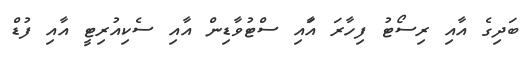
ބަދިގެ އާއި ރިސޯޓު ފިހާރަ އާައި ސްޓުވާޑިން އާއި ސެކިއުރިޓީ އާއި ފުޑް